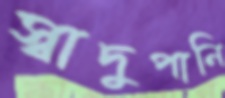
স্বাদুপানি